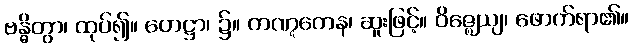
ဗန္ဓိတွာ၊ ထုပ်၍။ ဟေဋ္ဌာ၊ ၌။ ကဏ္ဋကေန၊ ဆူးဖြင့်။ ဝိဇ္ဈေယျ၊ ဖောက်ရာ၏။